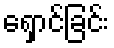
ရှောင်ခြင်း